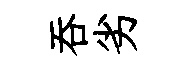
吞劣